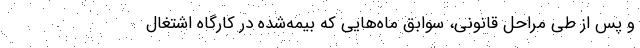
و پس از طی مراحل قانونی، سوابق ماه‌هایی که بیمه‌شده در کارگاه اشتغال